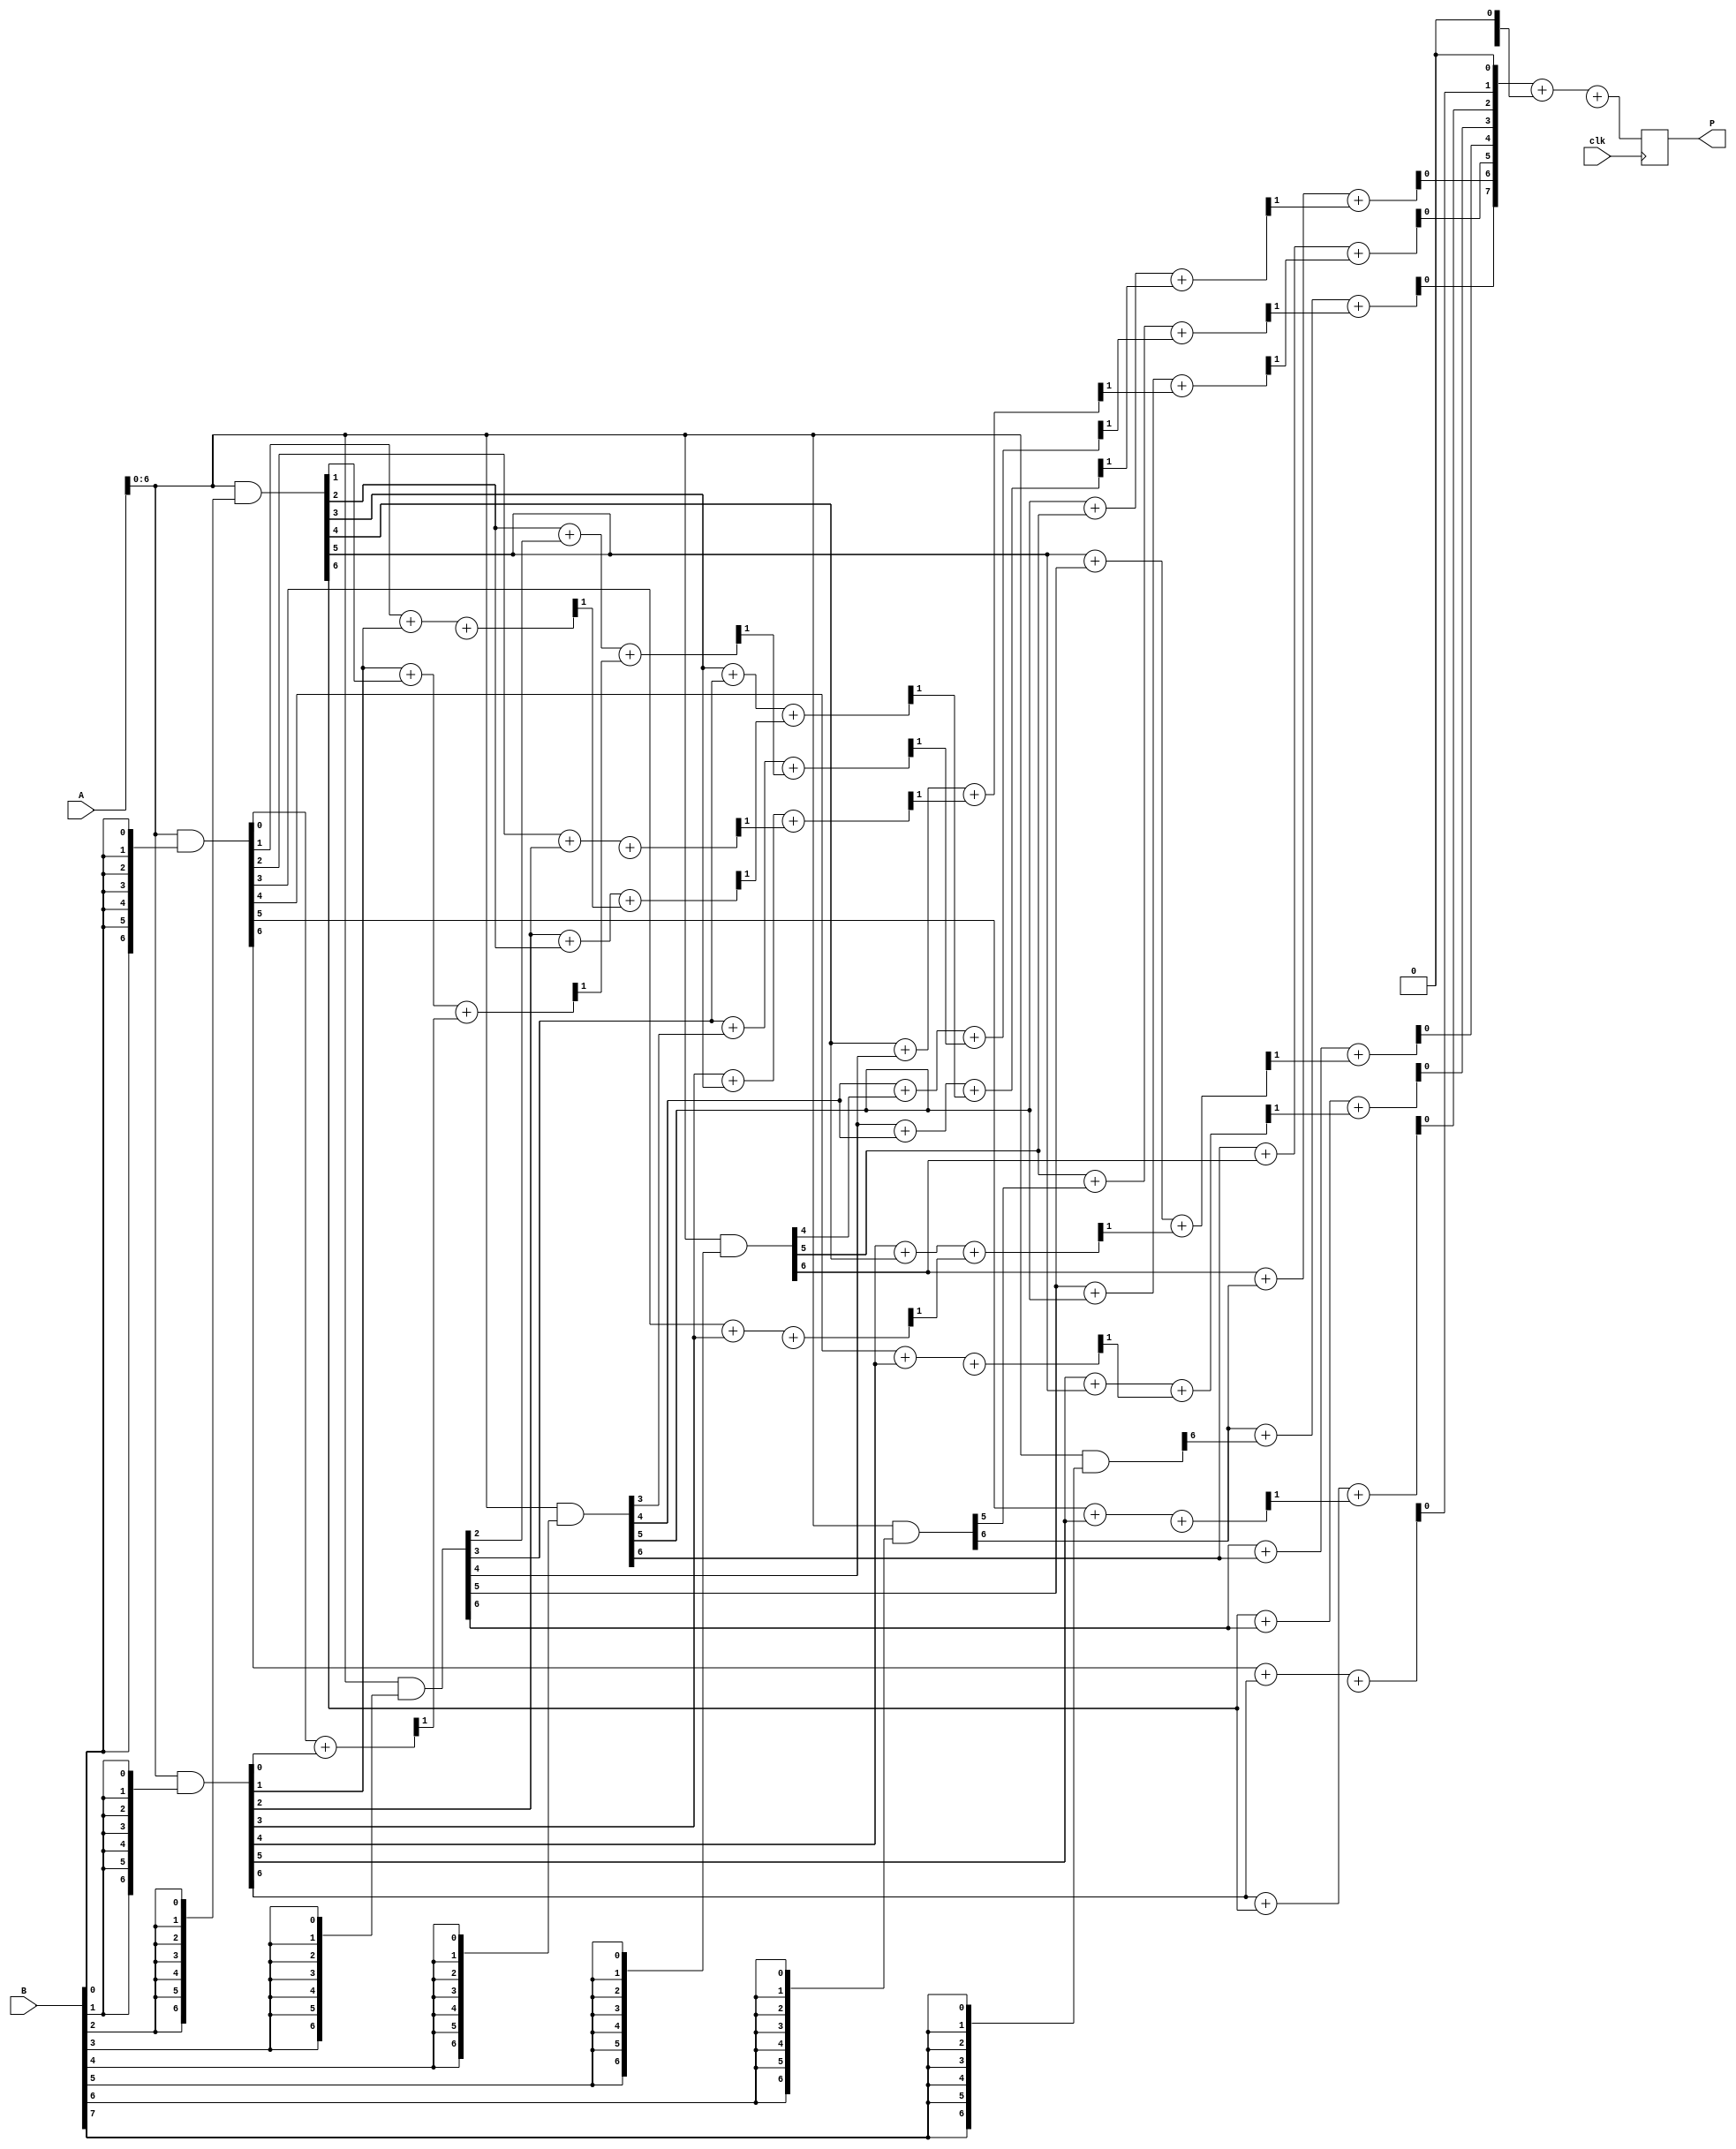
module scalable_wallace_tree_multiplier #(parameter N = 8) (
    input  wire [N-1:0] A, // N-bit input A
    input  wire [N-1:0] B, // N-bit input B
    input  wire clk,       // Clock signal
    output reg [2*N-1:0] P // 2N-bit output product
);

    // Partial Product Generation
    wire [N-1:0] pp [0:N-1]; // Partial products
    genvar i, j;
    generate
        for (i = 0; i < N; i = i + 1) begin : pp_gen
            assign pp[i] = A & {N{B[i]}}; // AND operation to generate partial products
        end
    endgenerate

    // Carry-Save Adder (CSA)
    wire [N-1:0] sum [0:N-1]; // Sum outputs from CSA
    wire [N-1:0] carry [0:N-1]; // Carry outputs from CSA

    // Initial stage of CSA
    generate
        for (i = 0; i < N-1; i = i + 1) begin : csa_stage_0
            if (i < N-1) begin
                assign {carry[0][i+1], sum[0][i]} = pp[i][0] + pp[i+1][0]; // First bit addition
            end
        end
    endgenerate

    // Subsequent CSA stages
    generate
        for (j = 1; j < N; j = j + 1) begin : csa_stages
            for (i = 0; i < N-1; i = i + 1) begin : csa_stage
                if (i < N-1) begin
                    assign {carry[j][i+1], sum[j][i]} = pp[i][j] + pp[i+1][j] + carry[j-1][i]; // CSA operation
                end
            end
        end
    endgenerate

    // Final addition of the last sum and carry
    wire [2*N-1:0] final_sum;
    wire [2*N-1:0] final_carry;

    assign final_sum = {sum[N-2], 1'b0} + {carry[N-2], 1'b0}; // Aligning for final addition

    always @(posedge clk) begin
        P <= final_sum + final_carry; // Final product output
    end

endmodule